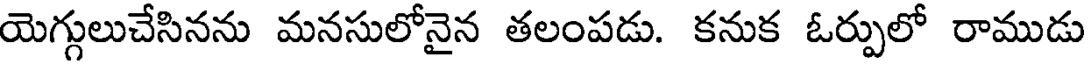
యెగ్గులుచేసినను మనసులోనైన తలంపడు. కనుక ఓర్పులో రాముడు